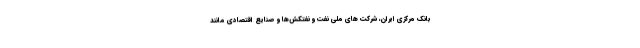
بانک مرکزی ایران، شرکت های ملی نفت و نفتکش‌ها و صنایع اقتصادی مانند